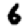
Digit: 6